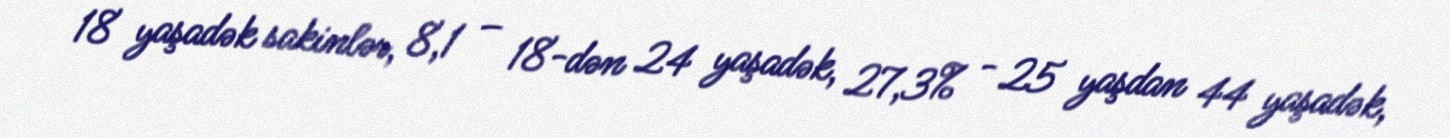
18 yaşadək sakinlər, 8,1 – 18-dən 24 yaşadək, 27,3% - 25 yaşdan 44 yaşadək,